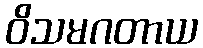
ဝိသမဂတာယ